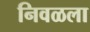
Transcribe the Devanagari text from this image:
निवळला